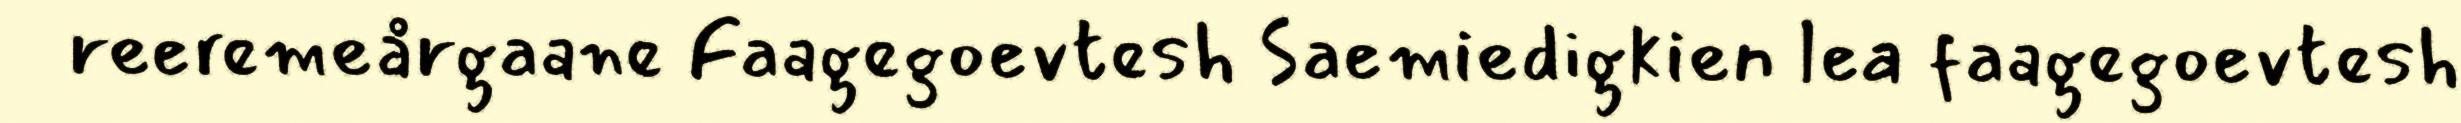
reeremeårgaane Faagegoevtesh Saemiedigkien lea faagegoevtesh